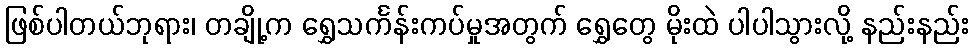
ဖြစ်ပါတယ်ဘုရား၊ တချို့က ရွှေသင်္ကန်းကပ်မှုအတွက် ရွှေတွေ မိုးထဲ ပါပါသွားလို့ နည်းနည်း